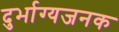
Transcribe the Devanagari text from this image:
दुर्भाग्यजनक